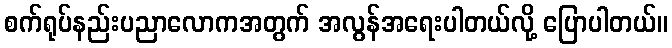
စက်ရုပ်နည်းပညာလောကအတွက် အလွန်အရေးပါတယ်လို့ ပြောပါတယ်။